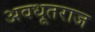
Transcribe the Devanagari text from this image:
अवधूतराज